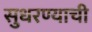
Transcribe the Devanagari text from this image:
सुधरण्याची